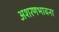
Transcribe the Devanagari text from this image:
अशरणभावना